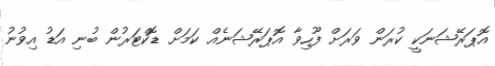
އޮޕަރޭޝަނަކީ ކުރަން ވަރަށް ފޫހިވާ އޮޕަރޭޝަނެއް ކަމަށް ޑޮކްޓަރުން ބުނި އަޑު އިވުނު